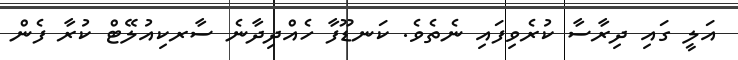
އަލީ ގައި ދިރާސާ ކުރެވިފައި ނެތެވެ. ކަނޑޫފާ ހެއްދިދާނެ ސާރކިއުލޭޓް ކުރާ ފެން